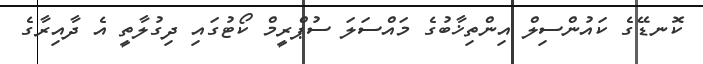
ކޮނޑޭގެ ކައުންސިލް އިންތިޚާބުގެ މައްސަލަ ސުޕްރީމް ކޯޓުގައި ދިގުލާތީ އެ ދާއިރާގެ